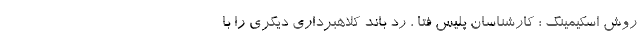
روش اسکیمینگ ؛ کارشناسان پلیس فتا ، رد باند کلاهبرداری دیگری را با